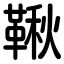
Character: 鞦